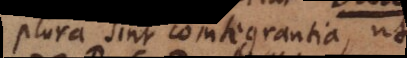
plura sint cointegrantia, ut